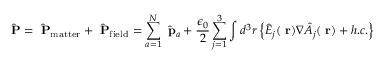
\hat { \mathrm { \bf ~ P } } = \hat { \mathrm { \bf ~ P } } _ { \mathrm { m a t t e r } } + \hat { \mathrm { \bf ~ P } } _ { \mathrm { f i e l d } } = \sum _ { a = 1 } ^ { N } \hat { \mathrm { \bf ~ p } } _ { a } + \frac { \epsilon _ { 0 } } { 2 } \sum _ { j = 1 } ^ { 3 } \int d ^ { 3 } r \left\{ \hat { E } _ { j } ( \mathrm { \bf ~ r } ) \nabla \hat { A } _ { j } ( \mathrm { \bf ~ r } ) + h . c . \right\}